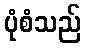
ပုံစံသည်